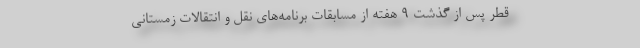
قطر پس از گذشت 9 هفته از مسابقات برنامه‌های نقل و انتقالات زمستانی